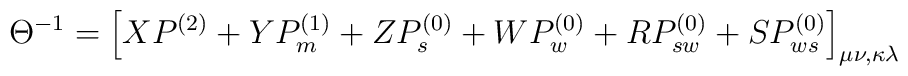
\Theta^{-1}=\Big{[}XP^{(2)}+YP_{m}^{(1)}+ZP_{s}^{(0)}+WP_{w}^{(0)}+RP_{sw}^{(0)}+SP_{ws}^{(0)}\Big{]}_{\mu\nu,\kappa\lambda}